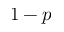
1 - p